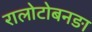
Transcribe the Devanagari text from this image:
रालोटोबनङा